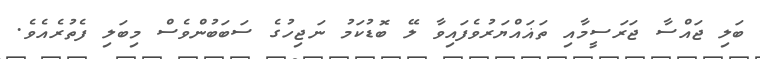
ބަލި ޖައްސާ ޖަރަސީމާއި ތަޣައްޔަރުވެފައިވާ ލޭ ބޮޑުކަމު ނަޖިހުގެ ސަބަބުންވެސް މިބަލި ފެތުރެއެވެ.